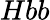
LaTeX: Hbb